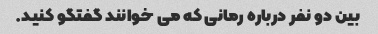
بین دو نفر درباره رمانی که می خوانند گفتگو کنید.